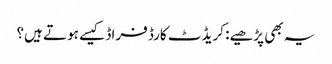
یہ بھی پڑھیے: کریڈٹ کارڈ فراڈ کیسے ہوتے ہیں؟